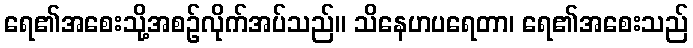
ရေ၏အစေးသို့အစဉ်လိုက်အပ်သည်။ သိနေဟပရေတာ၊ ရေ၏အစေးသည်